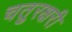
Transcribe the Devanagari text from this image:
चतुरक्षरी